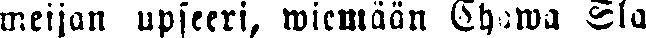
meijan upseeri, wiemään Chowa Sla